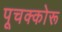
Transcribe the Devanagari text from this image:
पूचक्कोरू